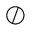
\oslash